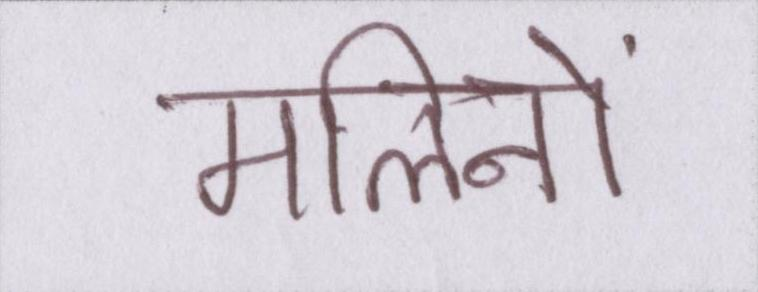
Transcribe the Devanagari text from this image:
मलिनों